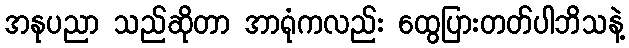
အနုပညာ သည်ဆိုတာ အာရုံကလည်း ထွေပြားတတ်ပါဘိသနဲ့